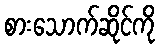
စားသောက်ဆိုင်ကို